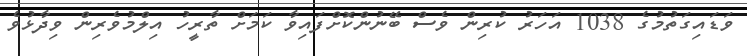
ވަޑައިގަތުމުގެ 1038 އަހަރު ކުރިން ވެސް ބޭނުންކޮށްފައިވާ ކަމަށް ތާރީހު އިލްމުވެރިން ވިދާޅުވެ